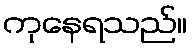
ကုနေရသည်။